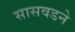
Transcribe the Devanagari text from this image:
सासवडने